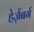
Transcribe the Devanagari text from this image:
हेर्ज़बर्ग